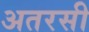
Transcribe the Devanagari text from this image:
अतरसी